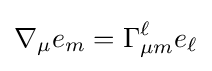
\nabla _{\mu }e_{m}=\Gamma _{\mu m}^{\ell }e_{\ell }